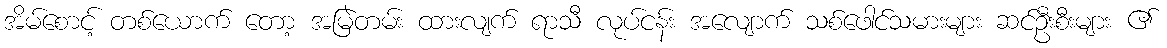
အိမ်စောင့် တစ်ယောက် တော့ အမြဲတမ်း ထားလျက် ရာသီ လုပ်ငန်း အလျောက် သစ်ဖေါင်သမားများ ဆင်ဦးစီးများ ၏